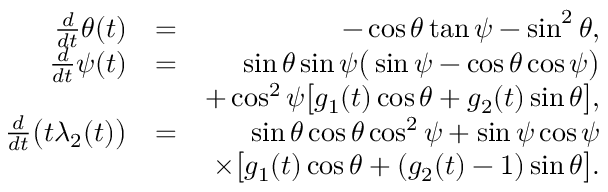
\begin{array} { r l r } { \frac { d } { d t } \theta ( t ) } & { = } & { - \cos { \theta } \tan { \psi } - \sin ^ { 2 } { \theta } , } \\ { \frac { d } { d t } \psi ( t ) } & { = } & { \sin { \theta } \sin { \psi } \big ( \sin { \psi } - \cos { \theta } \cos { \psi } \big ) } \\ & { } & { + \cos ^ { 2 } { \psi } \big [ g _ { 1 } ( t ) \cos { \theta } + g _ { 2 } ( t ) \sin { \theta } \big ] , } \\ { \frac { d } { d t } \big ( t \lambda _ { 2 } ( t ) \big ) } & { = } & { \sin { \theta } \cos { \theta } \cos ^ { 2 } { \psi } + \sin { \psi } \cos { \psi } } \\ & { } & { \times \big [ g _ { 1 } ( t ) \cos { \theta } + ( g _ { 2 } ( t ) - 1 ) \sin { \theta } \big ] . } \end{array}